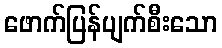
ဖောက်ပြန်ပျက်စီးသော